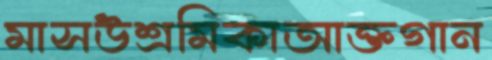
মাসউশ্রমিকাআক্তগান